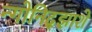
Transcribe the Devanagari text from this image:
न्गोनिद्झाशे